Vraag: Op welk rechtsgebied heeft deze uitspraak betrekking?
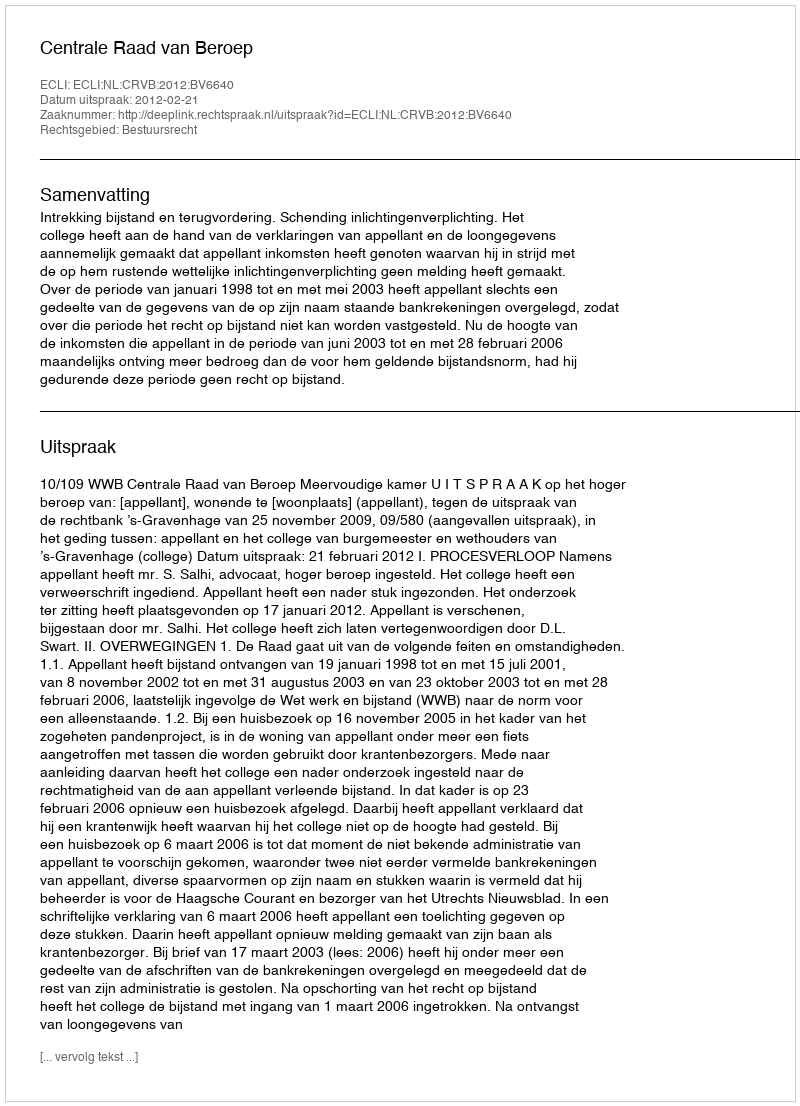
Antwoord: Bestuursrecht